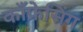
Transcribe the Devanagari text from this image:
काँफ्रेसिंग